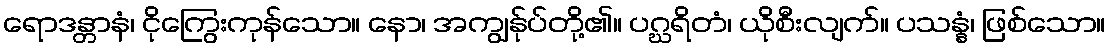
ရောဒန္တာနံ၊ ငိုကြွေးကုန်သော။ နော၊ အကျွန်ုပ်တို့၏။ ပဂ္ဃရိတံ၊ ယိုစီးလျက်။ ပသန္နံ၊ ဖြစ်သော။